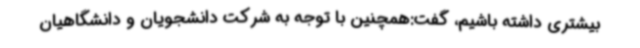
بیشتری داشته باشیم، گفت:همچنین با توجه به شرکت دانشجویان و دانشگاهیان